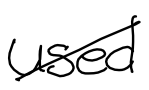
Text: used
Cross-out: diagonal
Writing tool: digital_black